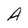
Character: A